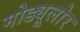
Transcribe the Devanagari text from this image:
मोड्यूलोर